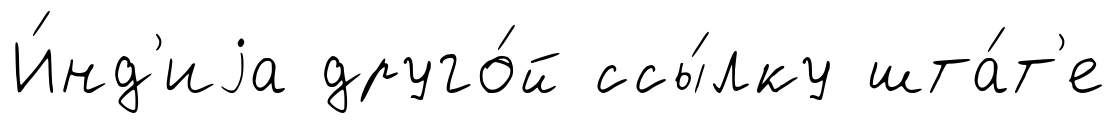
И́нд'иjа друго́й ссы́лку шта́т'е